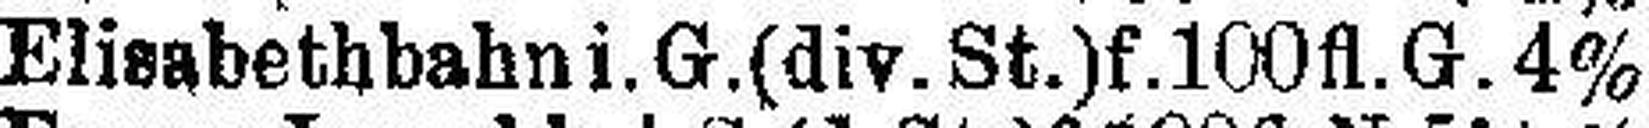
Elisabethbahn i.G.(div. St.)f. 100 fl.G. 4%